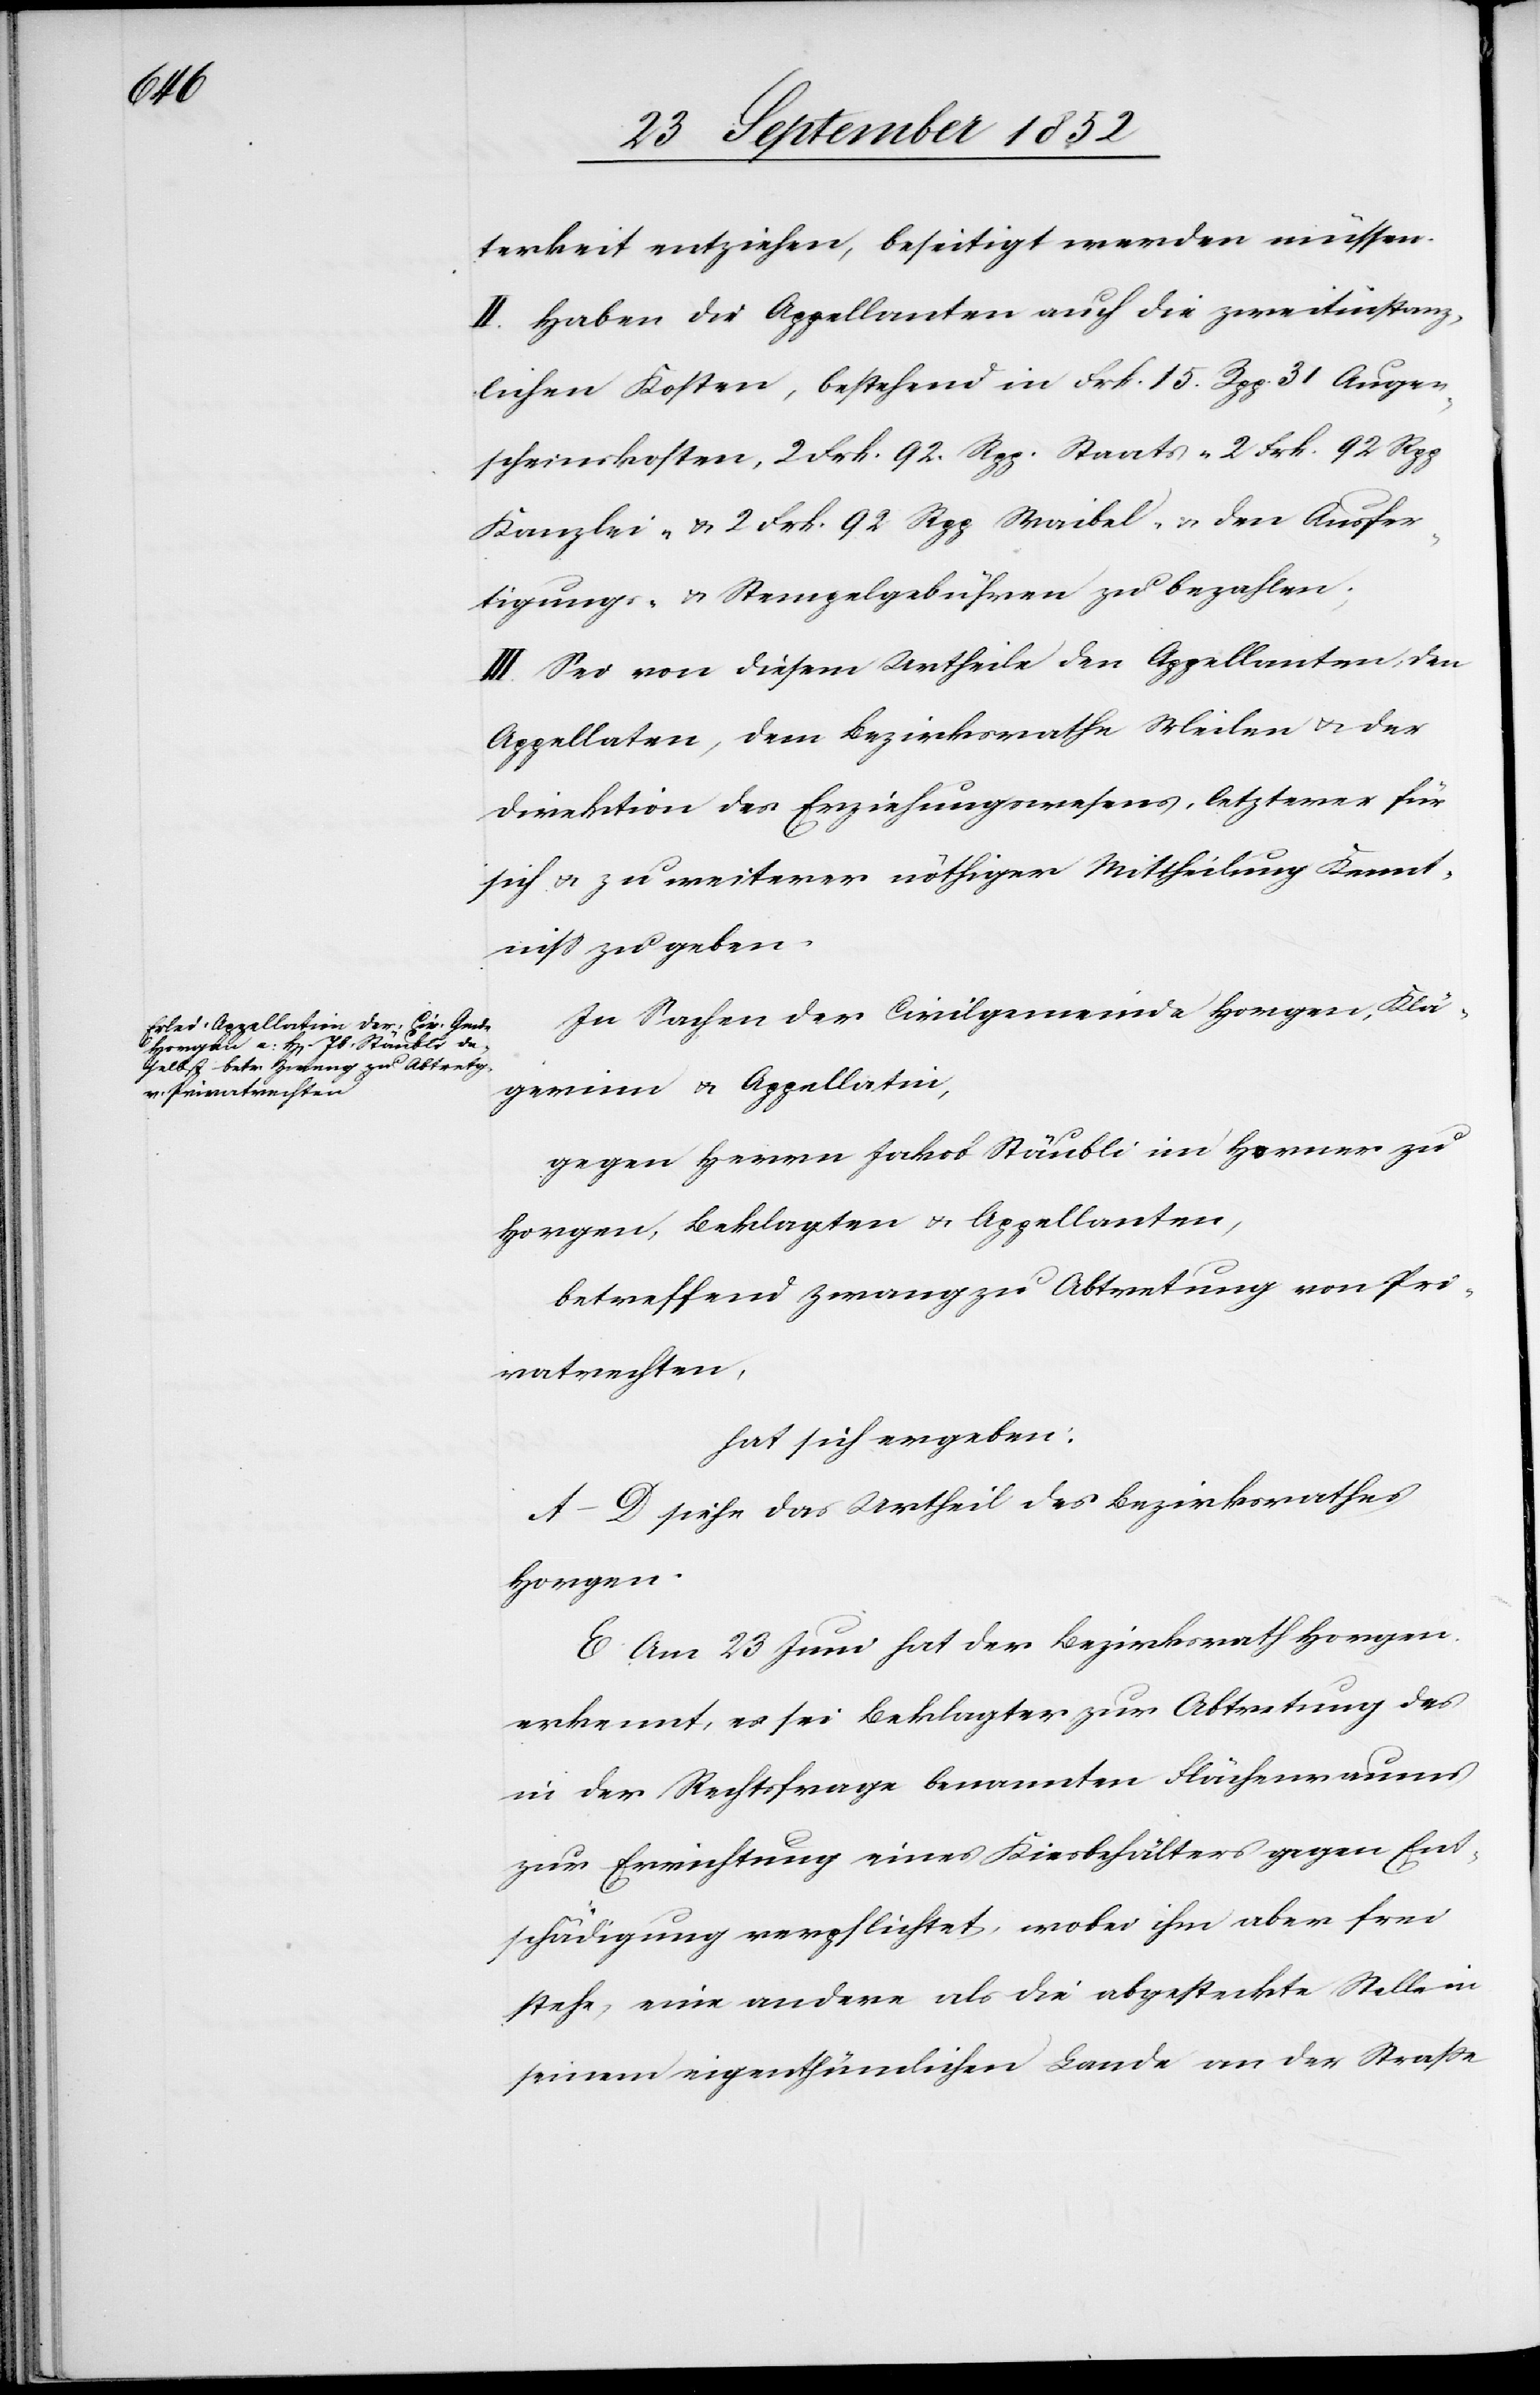
terkeit entziehen, beseitigt werden müssen.
II. Haben die Appellanten auch die zweitinstanz¬
lichen Kosten, bestehend in Frk. 15. Rpp. 31 Augen¬
scheinskosten, 2 Frk. 92. Rpp. Staats-[,] 2 Frk. 92 Rpp
Kanzlei- & 2 Frk. 92 Rpp Waibel- & den Ausfer¬
tigungs- & Stempelgebühren zu bezahlen;
III. Sei von diesem Urtheile den Appellanten, den
Appellaten, dem Bezirksrathe Meilen & der
Direktion des Erziehungswesens, letzterer für
sich & zu weiterer nöthiger Mittheilung Kennt¬
niss zu geben.
In Sachen der Civilgemeinde Horgen, Klä¬
gerinn & Appellatin,
gegen Herrn Jakob Stäubli im Horner zu
Horgen, Beklagten & Appellanten,
betreffend Zwang zu Abtretung von Pri¬
vatrechten,
hat sich ergeben:
A–D siehe das Urtheil des Bezirksrathes
Horgen.
E Am 23 Juni hat der Bezirksrath Horgen
erkennt, es sei Beklagter zur Abtretung des
in der Rechtsfrage benannten Flächenraums
zur Errichtung eines Kiesbehälters gegen Ent¬
schädigung verpflichtet, wobei ihm aber frei
stehe, eine andere als die abgesteckte Stelle in
seinem eigenthümlichen Lande an der Straße